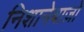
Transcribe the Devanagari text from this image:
निशानेबाज़ो